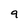
Character: 9